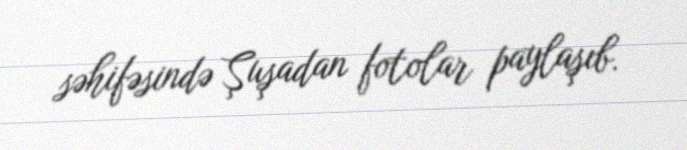
səhifəsində Şuşadan fotolar paylaşıb.